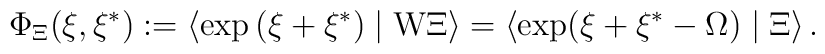
\Phi _\Xi (\xi ,\xi ^{*}):=\left\langle \exp \left( \xi +\xi ^{*}\right)\mid {\rm W}\Xi \right\rangle =\left\langle \exp (\xi +\xi ^{*}-\Omega )\mid\Xi \right\rangle .